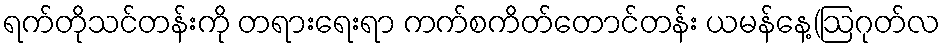
ရက်တိုသင်တန်းကို တရားရေးရာ ကက်စကိတ်တောင်တန်း ယမန်နေ့(ဩဂုတ်လ